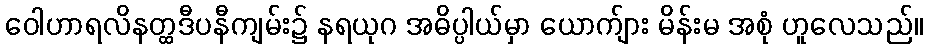
ဝေါဟာရလိနတ္ထဒီပနီကျမ်း၌ နရယုဂ အဓိပ္ပါယ်မှာ ယောက်ျား မိန်းမ အစုံ ဟူလေသည်။